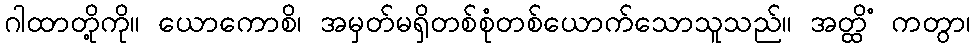
ဂါထာတို့ကို။ ယောကောစိ၊ အမှတ်မရှိတစ်စုံတစ်ယောက်သောသူသည်။ အတ္ထိံ ကတွာ၊